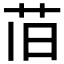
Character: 𫇰